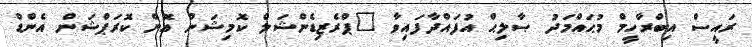
ރައީސް އިބްރާހީމް މުޙައްމަދު ޞާލިޙް އުފައްދާފައިވާ "ޕްރެޒިޑެންޝަލް ކޮމިޝަން އޮން ކޮރަޕްޝަން އެންޑް